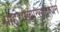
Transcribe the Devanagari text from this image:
प्राहुराख्यान्साद्वश्येन